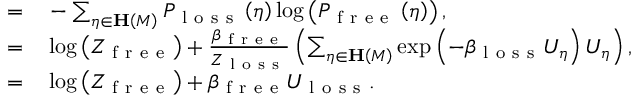
\begin{array} { r l } { = } & { { } - \sum _ { \eta \in \mathbf { H } \left( M \right) } P _ { \mathrm { ~ l ~ o ~ s ~ s ~ } } \left( \eta \right) \log \left( P _ { \mathrm { ~ f ~ r ~ e ~ e ~ } } \left( \eta \right) \right) , } \\ { = } & { { } \log \left( Z _ { \mathrm { ~ f ~ r ~ e ~ e ~ } } \right) + \frac { \beta _ { \mathrm { ~ f ~ r ~ e ~ e ~ } } } { Z _ { \mathrm { ~ l ~ o ~ s ~ s ~ } } } \left( \sum _ { \eta \in \mathbf { H } \left( M \right) } \exp \left( - \beta _ { \mathrm { ~ l ~ o ~ s ~ s ~ } } U _ { \eta } \right) U _ { \eta } \right) , } \\ { = } & { { } \log \left( Z _ { \mathrm { ~ f ~ r ~ e ~ e ~ } } \right) + \beta _ { \mathrm { ~ f ~ r ~ e ~ e ~ } } U _ { \mathrm { ~ l ~ o ~ s ~ s ~ } } . } \end{array}